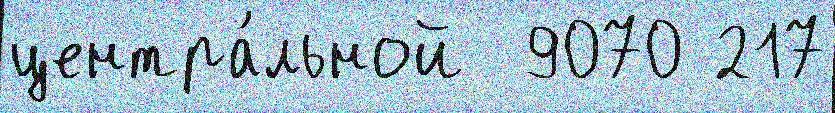
центра́льной  9070 217